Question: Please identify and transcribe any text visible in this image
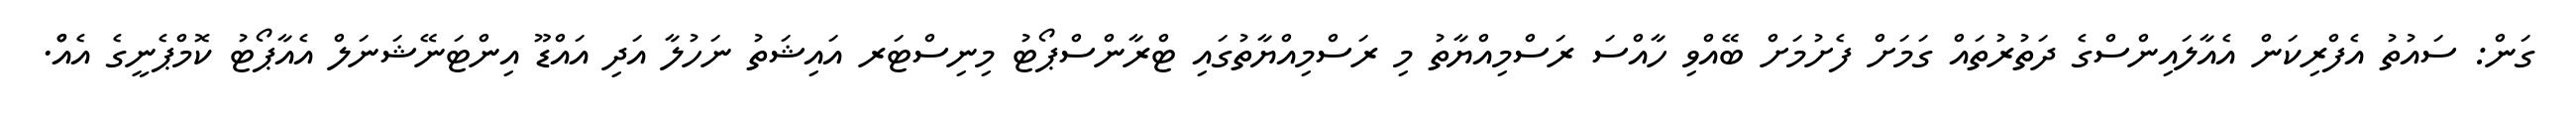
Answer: ގަން: ސައުތު އެފްރިކަން އެއާލައިންސްގެ ދަތުރުތައް ގަމަށް ފެށުމަށް ބޭއްވި ހާއްސަ ރަސްމިއްޔާތު މި ރަސްމިއްޔާތުގައި ޓްރާންސްޕޯޓު މިނިސްޓަރ އައިޝަތު ނަހުލާ އަދި އައްޑޫ އިންޓަނޭޝަނަލް އެއާޕޯޓު ކޮމްޕެނީގެ އެއްް.